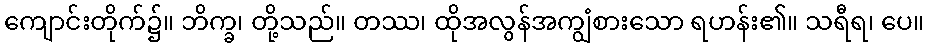
ကျောင်းတိုက်၌။ ဘိက္ခ၊ တို့သည်။ တဿ၊ ထိုအလွန်အကျွံစားသော ရဟန်း၏။ သရီရ၊ ပေ။